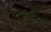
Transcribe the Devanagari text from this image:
हसिडिज़म